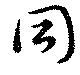
同